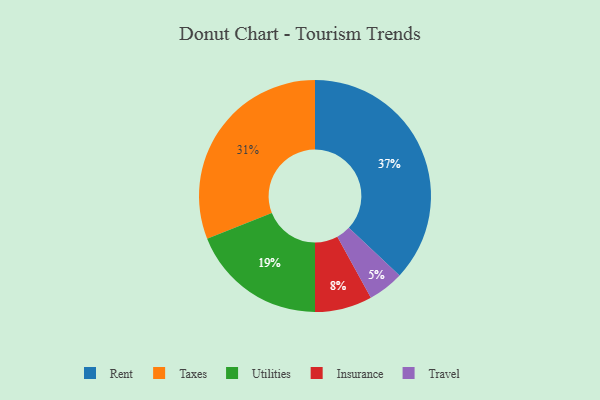
{"axis": {"x": "Category", "y": "Percentage"}, "legend": ["Insurance", "Rent", "Taxes", "Travel", "Utilities"], "data": [{"x": "Rent", "y": 37, "type": "Rent"}, {"x": "Taxes", "y": 31, "type": "Taxes"}, {"x": "Insurance", "y": 8, "type": "Insurance"}, {"x": "Travel", "y": 5, "type": "Travel"}, {"x": "Utilities", "y": 19, "type": "Utilities"}]}